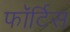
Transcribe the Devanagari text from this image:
फॉर्टिस